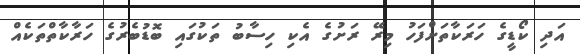
އަދި ކޯޑީގެ ހަރަކާތަށްފަހު މިރޭ ރަށުގެ އެކި ހިސާބު ތަކުގައި ބޮޑުބެރުގެ ހަރާކާތްތަކެއް